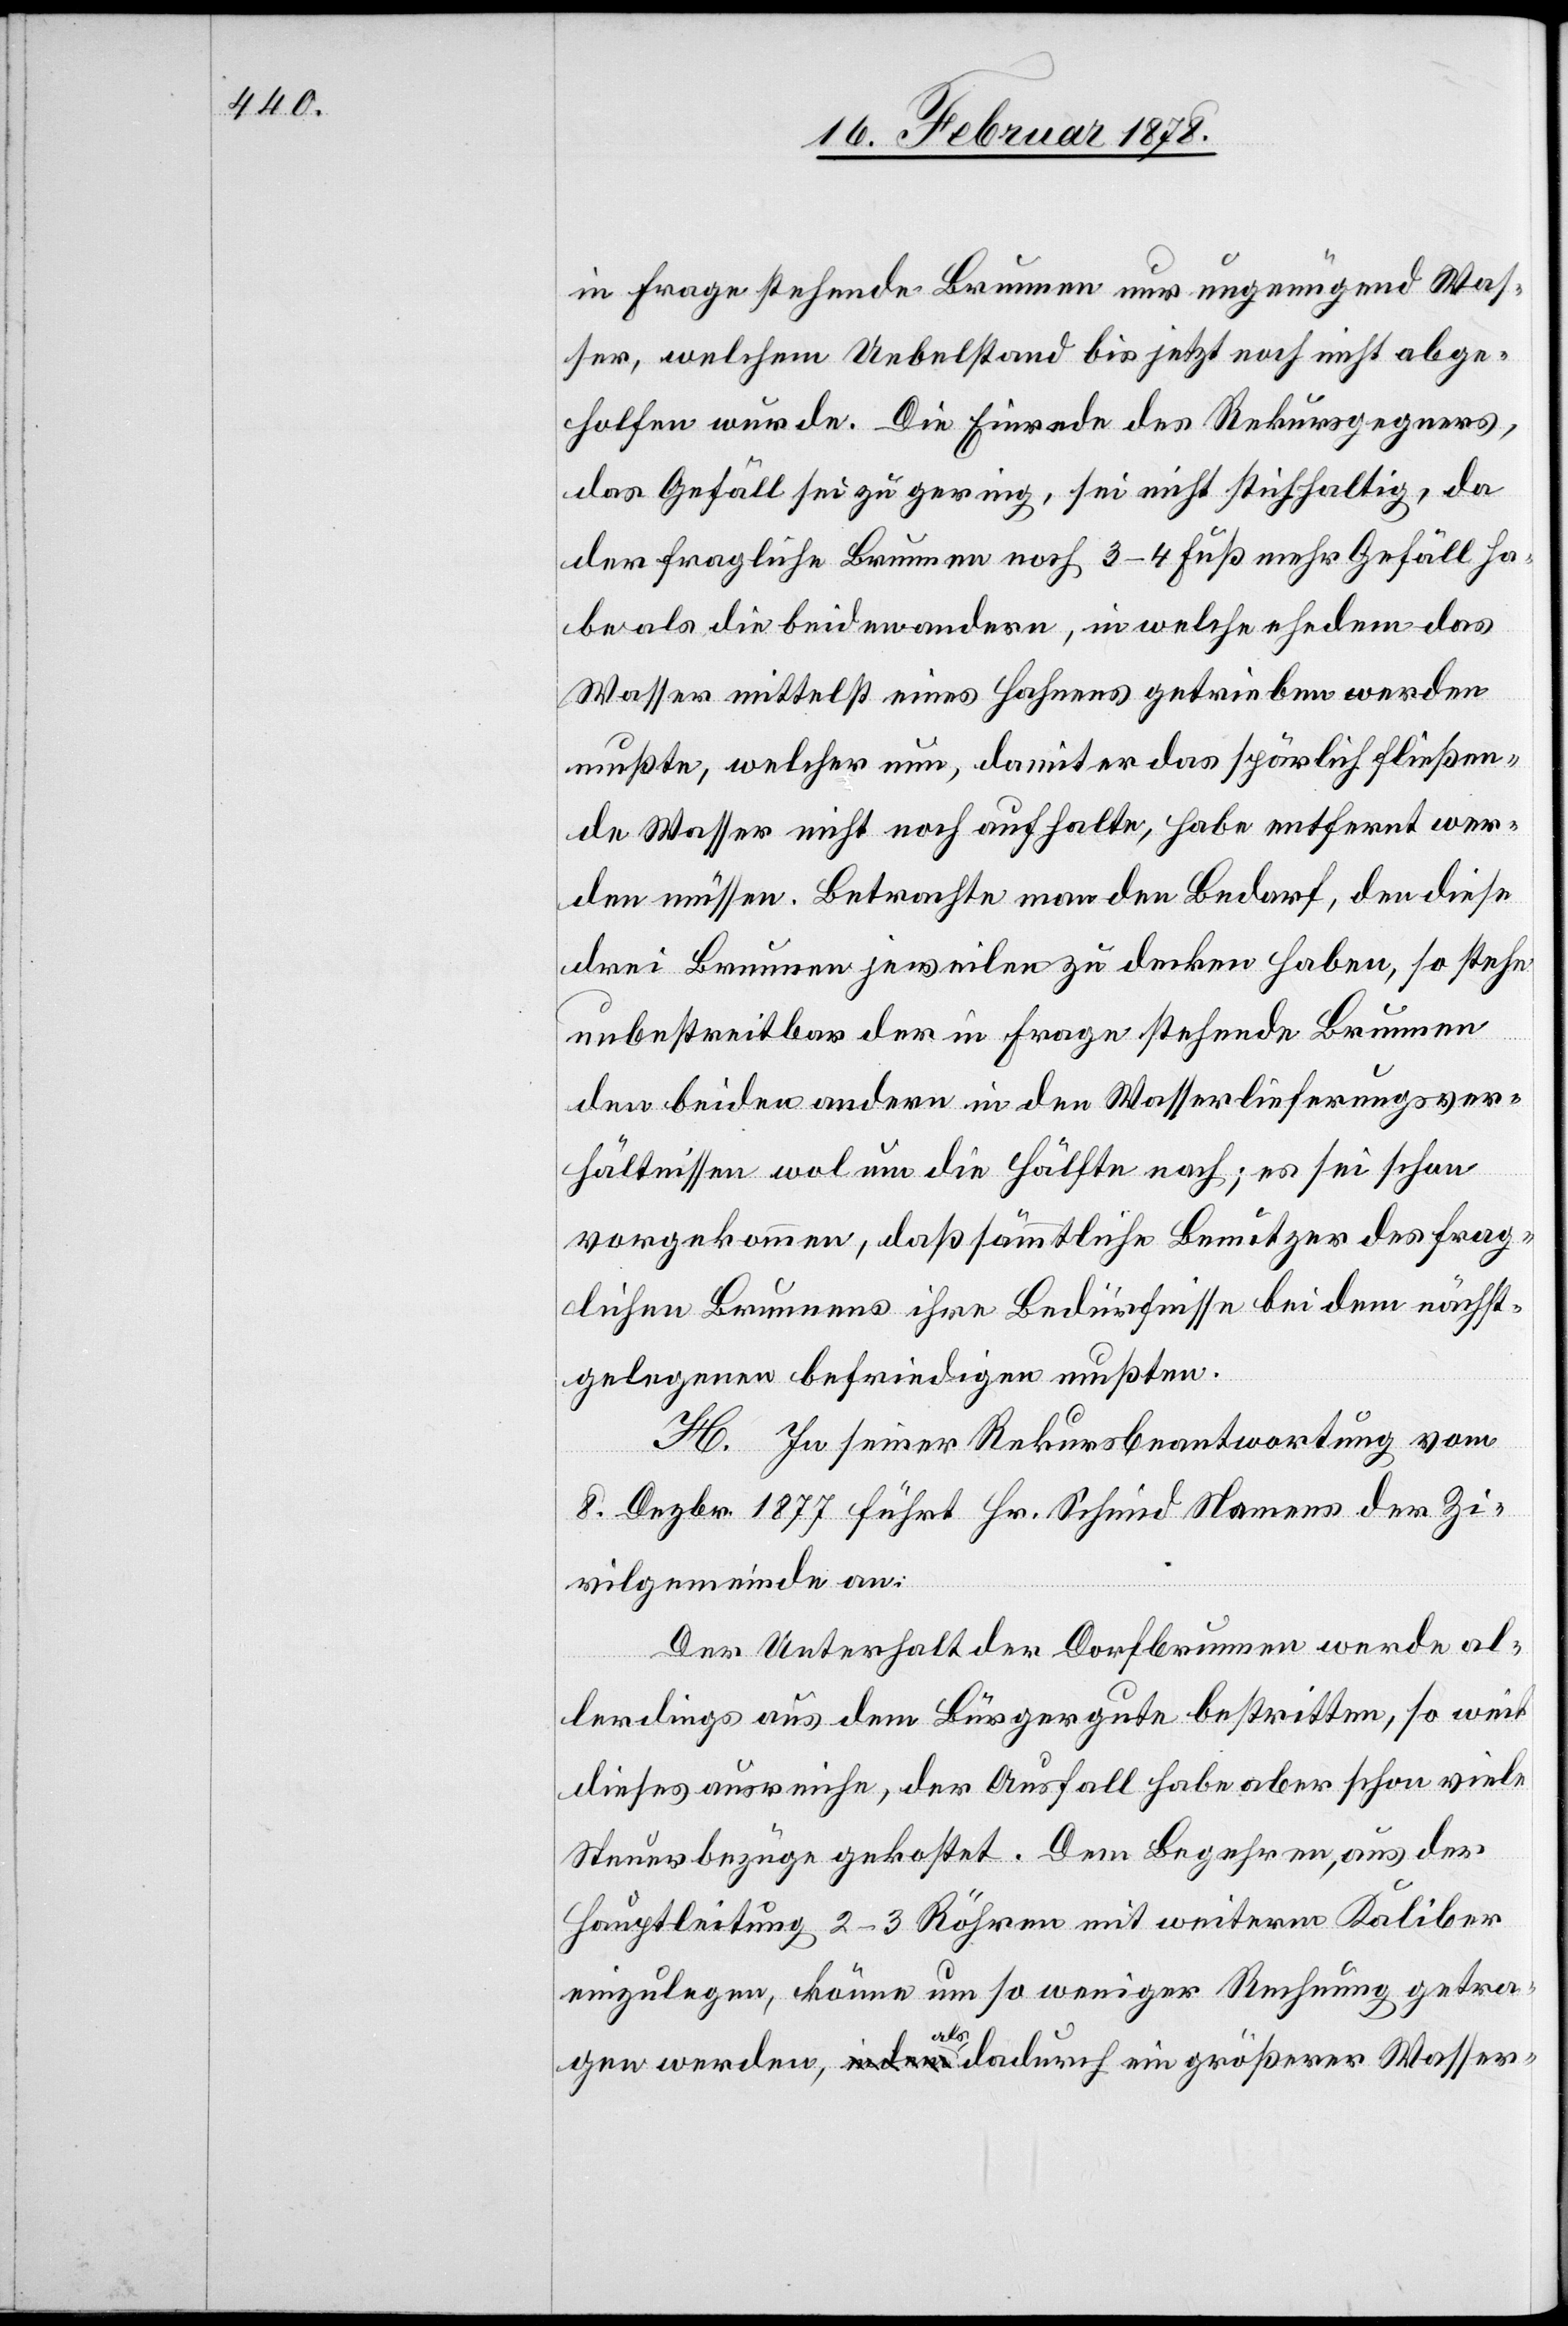
in Frage stehende Brunnen nur ungenügend Was¬
ser, welchem Uebelstand bis jetzt noch nicht abge¬
holfen wurde. Die Einrede des Rekursgegners,
das Gefäll sei zu gering, sei nicht stichhaltig, da
der fragliche Brunnen noch 3–4 Fuß mehr Gefäll ha¬
be als die beiden andern, in welche ehedem das
Wasser mittelst eines Hahnens getrieben werden
mußte, welcher nun, damit er das spärlich fließen¬
de Wasser nicht noch aufhalte, habe entfernt wer¬
den müssen. Betrachte man den Bedarf, den diese
drei Brunnen jeweils zu decken haben, so stehe
unbestreitbar der in Frage stehende Brunnen
den beiden andern in den Wasserlieferungsver¬
hältnissen wol um die Hälfte nach; es sei schon
vorgekommen, daß sämmtliche Benutzer des frag¬
lichen Brunnens ihre Bedürfnisse bei dem nächst¬
gelegenen befriedigen mußten.
H. In seiner Rekursbeantwortung vom
8. Dezbr. 1877 führt Hr. Schmid Namens der Zi¬
vilgemeinde an:
Der Unterhalt der Dorfbrunnen werde al¬
lerdings aus dem Bürgergute bestritten, so weit
dieses ausreiche, der Ausfall habe aber schon viele
Steuerbezüge gekostet. Dem Begehren, aus der
Hauptleitung 2–3 Röhren mit weiterm Kaliber
einzulegen, könne um so weniger Rechnung getra¬
gen werden, als dadurch ein größerer Wasser-